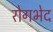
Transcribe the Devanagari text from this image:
रोगभेद